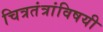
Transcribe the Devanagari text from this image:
चित्रतंत्रांविषयी